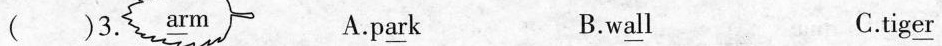
( )3. \underline{ar}m A.p\underline{ar}k B.w\underline{al}l C.tig\underline{er}